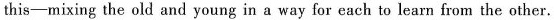
this-mixing the old and young in a way for each to learn from the other.